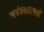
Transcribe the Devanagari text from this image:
स्वनंत्रताप्रापती